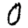
Digit: 0